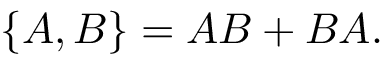
\{ A , B \} = A B + B A .